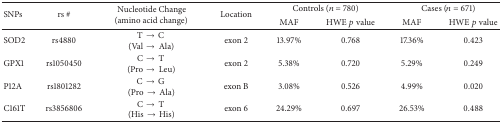
| <ROWSPAN=2> SNPs | <ROWSPAN=2> rs # | <ROWSPAN=2> Nucleotide Change (amino acid change) | <ROWSPAN=2> Location | <COLSPAN=2> Controls (n = 780) | <COLSPAN=2> Cases (n = 671) |
 | MAF | HWE p value | MAF | HWE p value |
 | --- | --- | --- | --- | --- | --- | --- | --- |
 | SOD2 | rs4880 | T → C (Val → Ala) | exon 2 | 13.97% | 0.768 | 17.36% | 0.423 |
 | GPX1 | rs1050450 | C → T (Pro → Leu) | exon 2 | 5.38% | 0.720 | 5.29% | 0.249 |
 | P12A | rs1801282 | C → G (Pro → Ala) | exon B | 3.08% | 0.526 | 4.99% | 0.020 |
 | C161T | rs3856806 | C → T (His → His) | exon 6 | 24.29% | 0.697 | 26.53% | 0.488 |